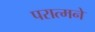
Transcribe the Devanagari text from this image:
परात्मने